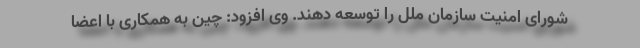
شورای امنیت سازمان ملل را توسعه دهند. وی افزود: چین به همکاری با اعضا